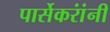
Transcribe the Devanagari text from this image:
पार्सेकरांंनी